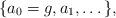
LaTeX: \begin{align*}\{ a_{0}=g,a_{1},\dots \},\end{align*}